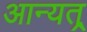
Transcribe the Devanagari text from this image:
आन्यत्र्